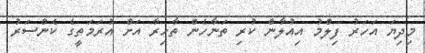
މިދިޔަ އަހަރު ފިލްމު އިއުލާން ކުރި ތަނާހެން ތާހިރާ އަށް އުރަމަތީގެ ކެންސަރު